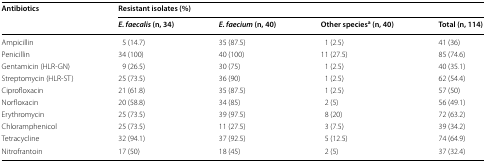
<table><thead><tr><td rowspan="2"><b>Antibiotics</b></td><td colspan="4"><b>Resistant isolates (%)</b></td></tr><tr><td><b><i>E. faecalis</i> (n, 34)</b></td><td><b><i>E. faecium</i> (n, 40)</b></td><td><b>Other species<sup>a</sup> (n, 40)</b></td><td><b>Total (n, 114)</b></td></tr></thead><tbody><tr><td>Ampicillin</td><td>5 (14.7)</td><td>35 (87.5)</td><td>1 (2.5)</td><td>41 (36)</td></tr><tr><td>Penicillin</td><td>34 (100)</td><td>40 (100)</td><td>11 (27.5)</td><td>85 (74.6)</td></tr><tr><td>Gentamicin (HLR-GN)</td><td>9 (26.5)</td><td>30 (75)</td><td>1 (2.5)</td><td>40 (35.1)</td></tr><tr><td>Streptomycin (HLR-ST)</td><td>25 (73.5)</td><td>36 (90)</td><td>1 (2.5)</td><td>62 (54.4)</td></tr><tr><td>Ciprofloxacin</td><td>21 (61.8)</td><td>35 (87.5)</td><td>1 (2.5)</td><td>57 (50)</td></tr><tr><td>Norfloxacin</td><td>20 (58.8)</td><td>34 (85)</td><td>2 (5)</td><td>56 (49.1)</td></tr><tr><td>Erythromycin</td><td>25 (73.5)</td><td>39 (97.5)</td><td>8 (20)</td><td>72 (63.2)</td></tr><tr><td>Chloramphenicol</td><td>25 (73.5)</td><td>11 (27.5)</td><td>3 (7.5)</td><td>39 (34.2)</td></tr><tr><td>Tetracycline</td><td>32 (94.1)</td><td>37 (92.5)</td><td>5 (12.5)</td><td>74 (64.9)</td></tr><tr><td>Nitrofrantoin</td><td>17 (50)</td><td>18 (45)</td><td>2 (5)</td><td>37 (32.4)</td></tr></tbody></table>